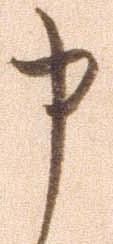
申